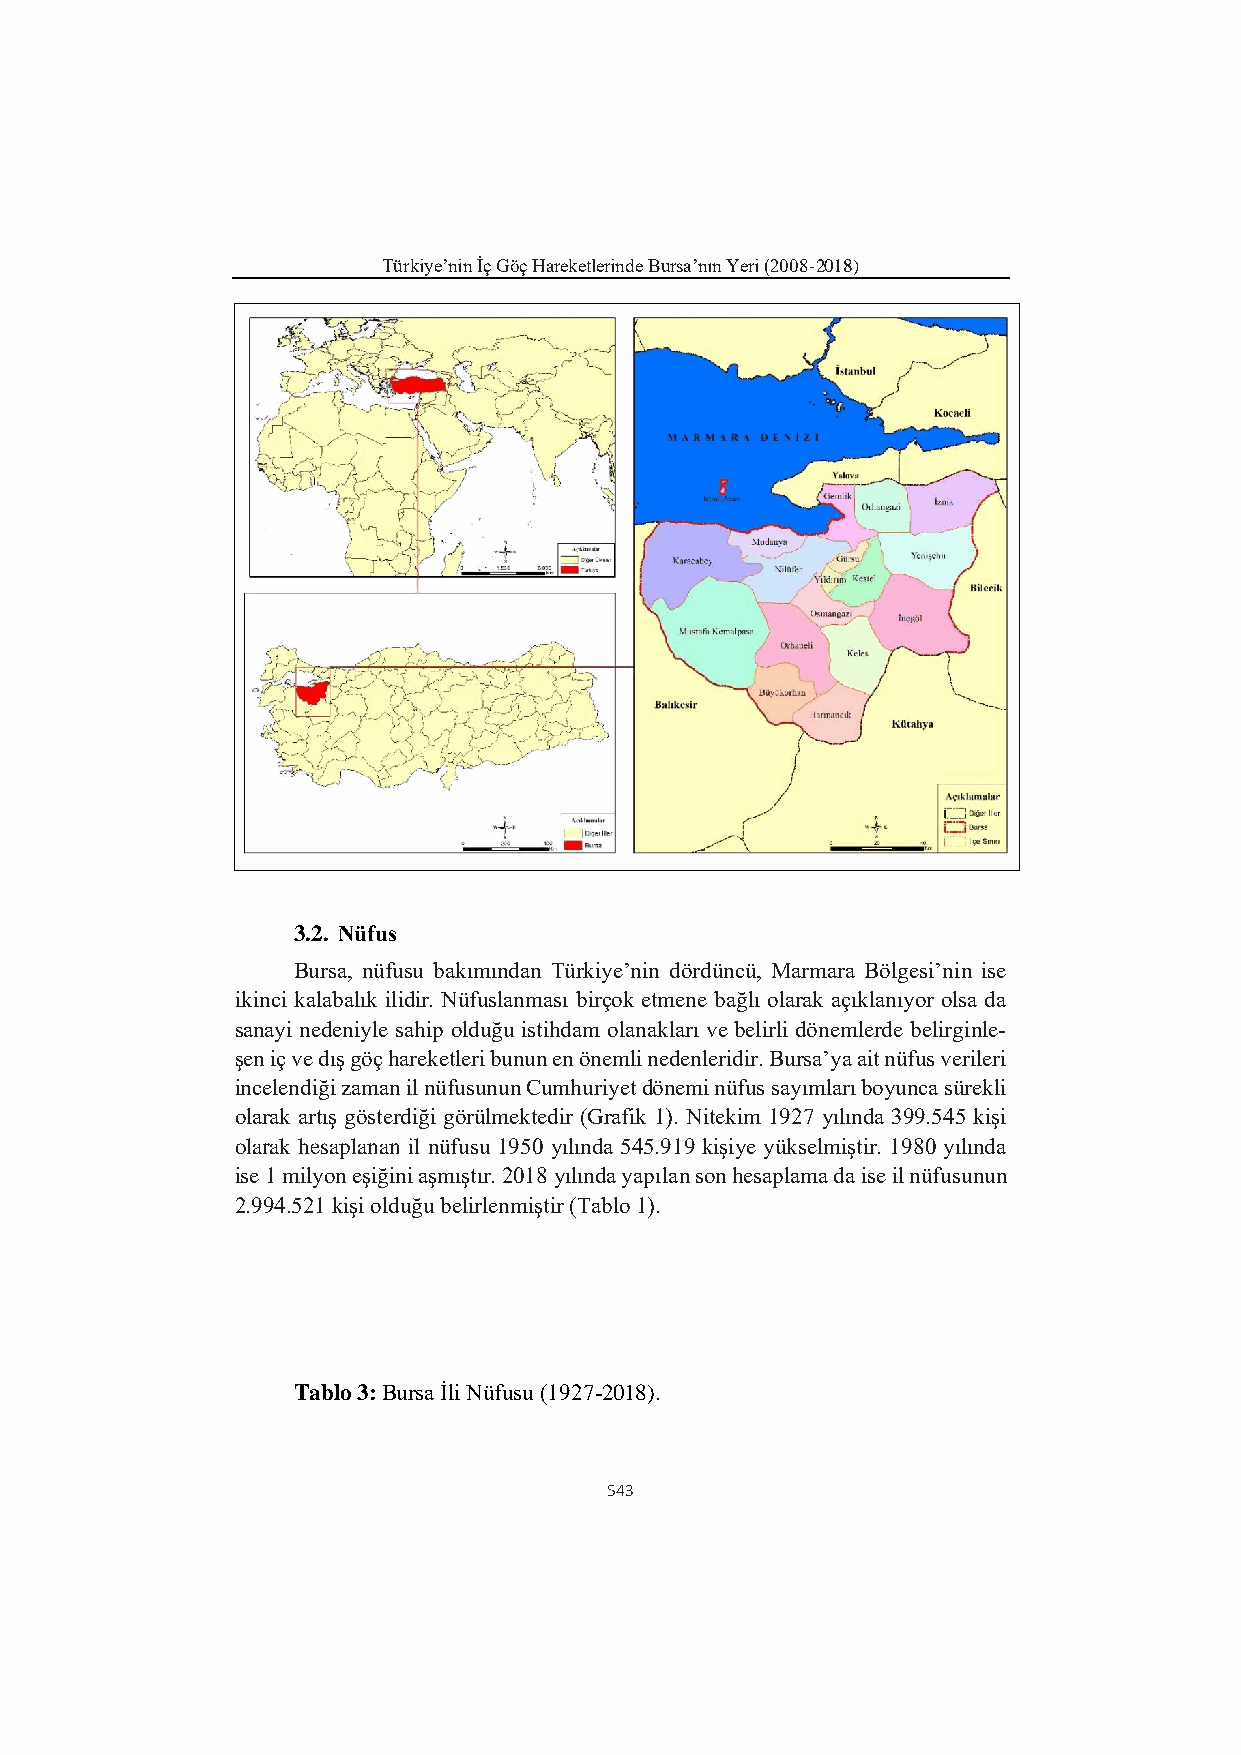
Türkiye’nin İç Göç Hareketlerinde Bursa’nın Yeri (2008-2018)
 3.2. Nüfus
 Bursa, nüfusu bakımından Türkiye’nin dördüncü, Marmara Bölgesi’nin ise
 ikinci kalabalık ilidir. Nüfuslanması birçok etmene bağlı olarak açıklanıyor olsa da
 sanayi nedeniyle sahip olduğu istihdam olanakları ve belirli dönemlerde belirginle-
 şen iç ve dış göç hareketleri bunun en önemli nedenleridir. Bursa’ya ait nüfus verileri
 incelendiği zaman il nüfusunun Cumhuriyet dönemi nüfus sayımları boyunca sürekli
 olarak artış gösterdiği görülmektedir (Grafik 1). Nitekim 1927 yılında 399.545 kişi
 olarak hesaplanan il nüfusu 1950 yılında 545.919 kişiye yükselmiştir. 1980 yılında
 ise 1 milyon eşiğini aşmıştır. 2018 yılında yapılan son hesaplama da ise il nüfusunun
 2.994.521 kişi olduğu belirlenmiştir (Tablo 1).
 Tablo 3: Bursa İli Nüfusu (1927-2018).
 543